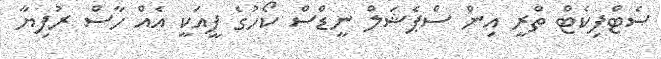
ސެޓްފިކެޓް ތްރީ އިން ސްޕެޝަލް ނީޑްސް ކޯހުގެ ފީއަކީ އެއް ހާސް ރުފިޔާ